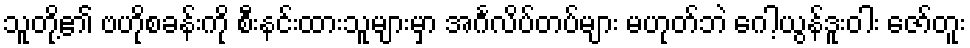
သူတို့၏ ဗဟိုစခန်းကို စီးနင်းထားသူများမှာ အင်္ဂလိပ်တပ်များ မဟုတ်ဘဲ ဂေါ့ယွန်ဒူးဝါး ဇော်တူး